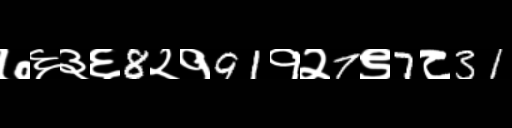
Text: ७६३६8२१91१२7९7८31